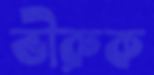
ভীরুক